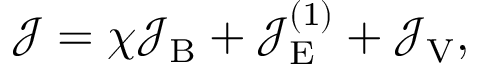
\mathcal { J } = \chi \mathcal { J } _ { \mathrm { B } } + \mathcal { J } _ { \mathrm { E } } ^ { ( 1 ) } + \mathcal { J } _ { \mathrm { V } } ,